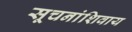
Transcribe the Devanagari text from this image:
सूचनांशिवाय